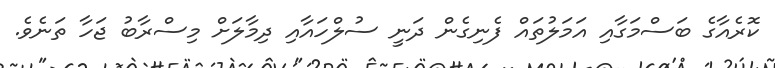
ކޮރެއާގެ ބަސްމަގާއި އަމަލުތައް ފެނިގެން ދަނީ ސުލްހައާއި ދިމާލަށް މިސްރާބު ޖަހާ ތަނެވެ.